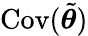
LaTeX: \operatorname{Cov}(\tilde{\boldsymbol{\theta}})